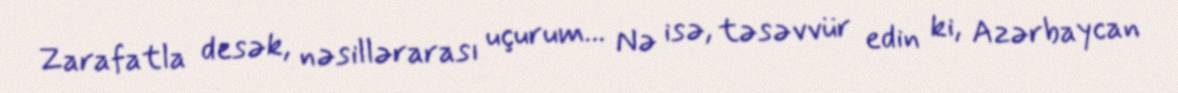
Zarafatla desək, nəsillərarası uçurum... Nə isə, təsəvvür edin ki, Azərbaycan